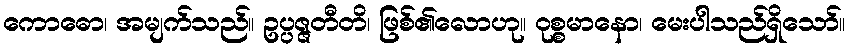
ကောဓော၊ အမျက်သည်။ ဥပ္ပဇ္ဇတီတိ၊ ဖြစ်၏လောဟု။ ဝုစ္စမာနော၊ မေးပါသည်ရှိသော်။